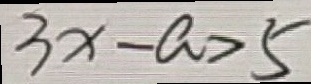
3 x - a > 5